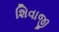
શિવાજી